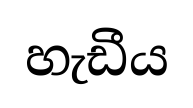
හැඩීය